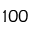
1 0 0